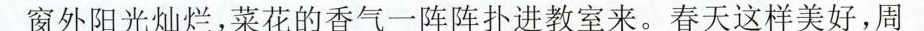
窗外阳光灿烂，菜花的香气一阵阵扑进教室来。春天这样美好，周